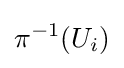
\pi ^{-1}(U_{i})